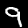
Digit: 9